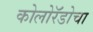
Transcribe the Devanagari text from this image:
कोलोरॅडोचा